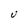
Character: U